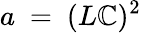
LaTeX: a~=~(L\mathbb{C})^{2}